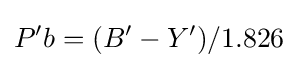
P'b=(B'-Y')/1.826